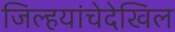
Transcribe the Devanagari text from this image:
जिल्हयांचेदेखिल